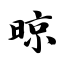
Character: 晾